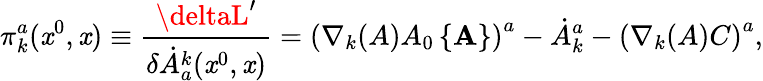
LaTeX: \pi_{k}^{a}(\mathit{x}^{0},{\mathbf{\mathit{x}}})\equiv\frac{{\deltaL^{\prime}}}{{\delta\dot{{A}}_{a}^{k}(\mathit{x}^{0},{\mathbf{\mathit{x}}})}}=\left(\nabla_{k}(A)A_{0}\left\{ {\mathbf{A}}\right\} \right)^{a}-\dot{{A}}_{k}^{a}-\left(\nabla_{k}(A)C\right)^{a},